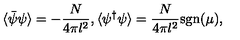
\langle \bar { \psi } \psi \rangle = - \frac { N } { 4 \pi l ^ { 2 } } , \langle \psi ^ { \dagger } \psi \rangle = \frac { N } { 4 \pi l ^ { 2 } } \mathrm { s g n } ( \mu ) ,